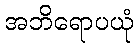
အဘိရောပယုံ